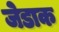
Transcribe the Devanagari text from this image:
जेडाक